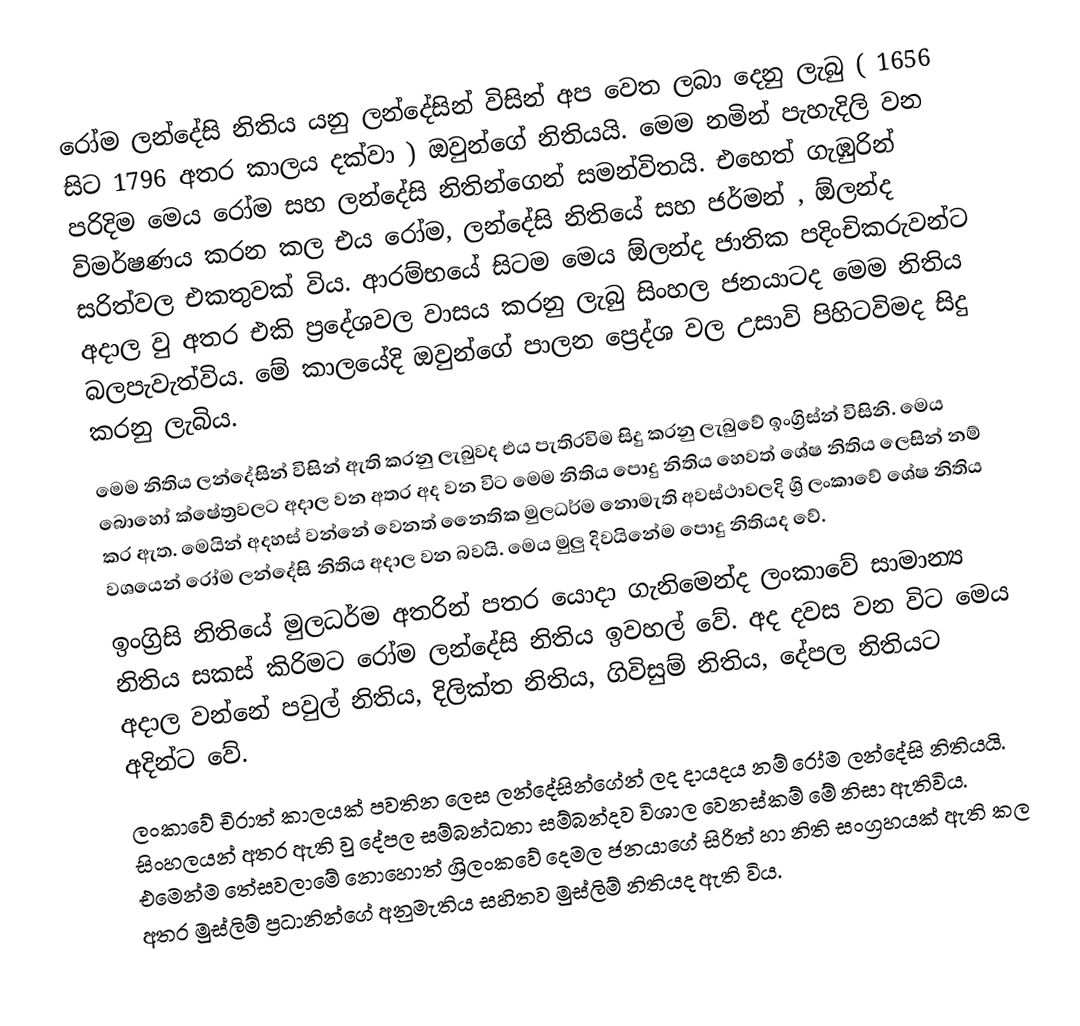
රෝම ලන්දේසි නිතිය යනු ලන්දේසින් විසින් අප වෙත ලබා දෙනු ලැබු ( 1656 සිට 1796  අතර කාලය දක්වා ) ඔවුන්ගේ නිතියයි.  මෙම නමින් පැහැදිලි වන පරිදිම මෙය රෝම සහ ලන්දේසි නිතින්ගෙන් සමන්විතයි.  එහෙත් ගැඹුරින් විමර්ෂණය කරන කල එය රෝම, ලන්දේසි නිතියේ සහ ජර්මන් , ඕලන්ද සරිත්වල එකතුවක් විය. ආරම්භයේ සිටම මෙය ඕලන්ද ජාතික පදිංචිකරුවන්ට අදාල වු අතර එකි ප්‍රදේශවල වාසය කරනු ලැබු සිංහල ජනයාටද මෙම නිතිය බලපැවැත්විය. මේ කාලයේදි ඔවුන්ගේ පාලන ප්‍රෙද්ශ වල උසාවි පිහිටවිමද සිදු කරනු ලැබිය.
මෙම නිතිය ලන්දේසින් විසින් ඇති කරනු ලැබුවද එය පැතිරවිම සිදු කරනු ලැබුවේ ඉංග්‍රිස්න් විසිනි. මෙය බොහෝ ක්ෂේත්‍රවලට අදාල වන අතර අද වන විට මෙම නිතිය පොදු නිතිය හෙවත් ශේෂ නිතිය ලෙසින් නම් කර ඇත. මෙයින් අදහස් වන්නේ වෙනත් නෛතික මුලධර්ම නොමැති අවස්ථාවලදි ශ්‍රි ලංකාවේ ශේෂ නිතිය වශයෙන් රෝම ලන්දේසි නිතිය අදාල වන බවයි. මෙය මුලු දිවයිනේම පොදු නිතියද වේ.
ඉංග්‍රිසි නිතියේ මුලධර්ම අතරින් පතර යොදා ගැනිමෙන්ද ලංකාවේ සාමාන්‍ය නිතිය සකස් කිරිමට රෝම ලන්දේසි නිතිය ඉවහල් වේ.  අද දවස වන විට මෙය අදාල වන්නේ පවුල් නිතිය, දිලික්ත නිතිය, ගිවිසුම් නිතිය, දේපල නිතියට අදින්ට වේ.
ලංකාවේ චිරාත් කාලයක් පවතින ලෙස ලන්දේසින්ගේන් ලද දායදය නම් රෝම ලන්දේසි නිතියයි. සිංහලයන් අතර ඇති වු දේපල සම්බන්ධතා සම්බන්දව විශාල වෙනස්කම් මේ නිසා ඇතිවිය.  එමෙන්ම තේසවලාමේ නොහොත් ශ්‍රිලංකවේ දෙමල ජනයාගේ සිරිත් හා නිති සංග්‍රහයක් ඇති කල අතර මුස්ලිම් ප්‍රධානින්ගේ අනුමැතිය සහිතව මුස්ලිම් නිතියද ඇති විය.